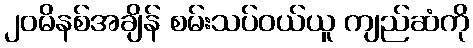
၂၀မိနစ်အချိန် စမ်းသပ်ဝယ်ယူ ကျည်ဆံကို